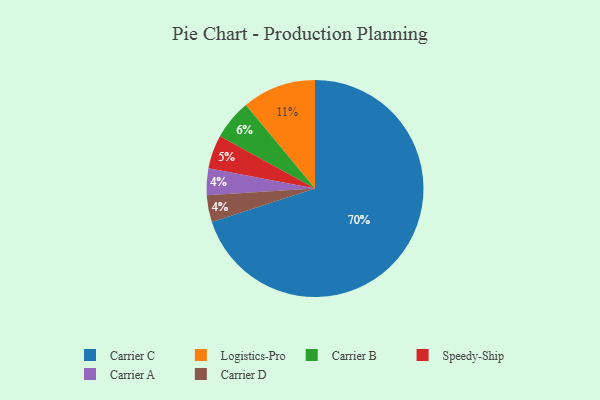
{"axis": {"x": "Category", "y": "Percentage"}, "legend": ["Carrier A", "Carrier B", "Carrier C", "Carrier D", "Logistics-Pro", "Speedy-Ship"], "data": [{"x": "Carrier A", "y": 4, "type": "Carrier A"}, {"x": "Carrier D", "y": 4, "type": "Carrier D"}, {"x": "Logistics-Pro", "y": 11, "type": "Logistics-Pro"}, {"x": "Speedy-Ship", "y": 5, "type": "Speedy-Ship"}, {"x": "Carrier C", "y": 70, "type": "Carrier C"}, {"x": "Carrier B", "y": 6, "type": "Carrier B"}]}